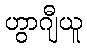
ဟွာဂျီယူ